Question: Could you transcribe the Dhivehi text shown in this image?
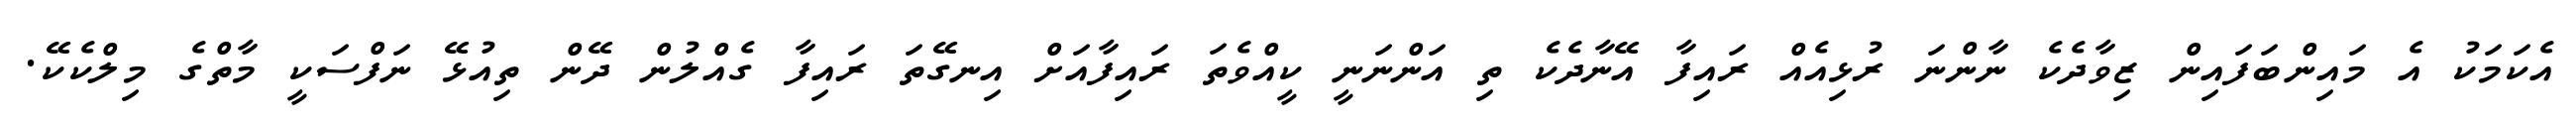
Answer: އެކަމަކު އެ މައިންބަފައިން ޒިވާދެކެ ނާންނަ ރުޅިއެއް ރައިފާ އޭނާދެކެ ތި އަންނަނީ ކީއްވެތަ ރައިފާއަށް އިނގޭތަ ރައިފާ ގެއްލުން ދޭން ތިއުޅޭ ނަފްސަކީ މާތްގެ މިލްކެކޭ.